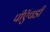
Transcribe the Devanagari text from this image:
पीऍचडी